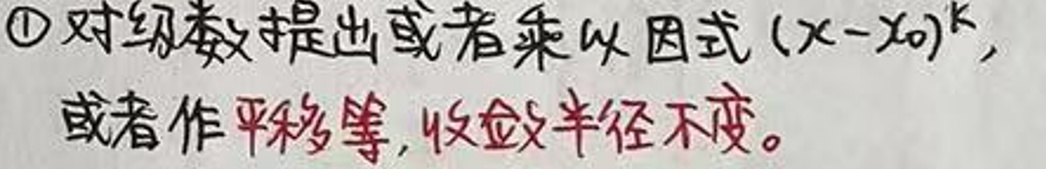
$\textcircled{1}$对级数提出或者乘以因式\((x - x_0)^k\)，或者作平移等，收敛半径不变。